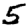
Digit: 5